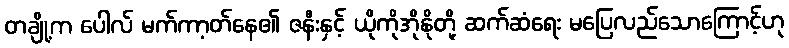
တချို့က ပေါလ် မက်ကာ့တ်နေ၏ ဇနီးနှင့် ယိုကိုအိုနိုတို့ ဆက်ဆံရေး မပြေလည်သောကြောင့်ဟု